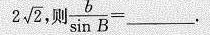
2 \sqrt { 2 }$$，则\frac{b}{sin B}=___.